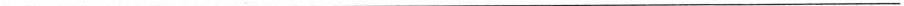
___